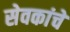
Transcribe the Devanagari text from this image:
सेवकांचे